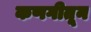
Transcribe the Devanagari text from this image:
कणगीतून